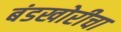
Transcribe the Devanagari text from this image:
बंडखोरीचा